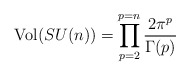
\begin{align*}\mbox{Vol}(SU(n))=\prod_{p=2}^{p=n}\frac{2\pi^{p}}{\Gamma(p)}\end{align*}